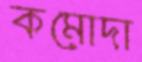
কমোদা